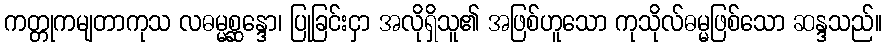
ကတ္တုကမျတာကုသ လဓမ္မစ္ဆန္ဒော၊ ပြုခြင်းငှာ အလိုရှိသူ၏ အဖြစ်ဟူသော ကုသိုလ်ဓမ္မဖြစ်သော ဆန္ဒသည်။